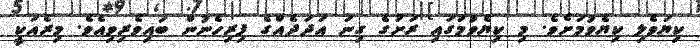
ކިޔަވެލި ކިޔެވުމަށެވެ. މި ކިޔެވުމުގައި ރަށުގެ ގިނަ އަދަދެއްގެ ފިރިހެނުން ބައިވެރިވިއެވެ. މިރެއަކީ